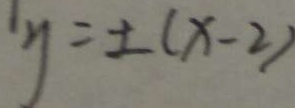
y = \pm ( x - 2 )